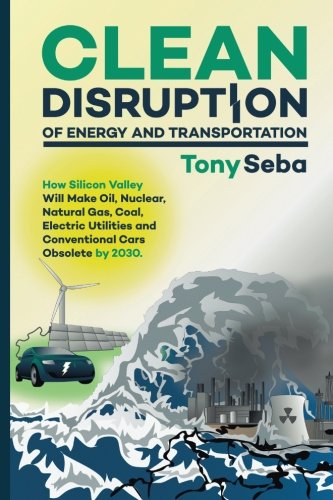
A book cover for Clean Disruption of Energy and Transportation: How Silicon Valley Will Make Oil, Nuclear, Natural Gas, Coal, Electric Utilities and Conventional Cars Obsolete by 2030; Tony Seba; Engineering & Transportation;